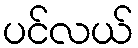
ပင်လယ်